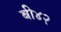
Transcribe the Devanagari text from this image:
बी४२